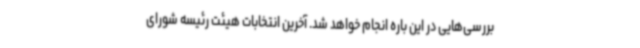
بررسی‌هایی در این باره انجام خواهد شد. آخرین انتخابات هیئت رئیسه شورای